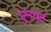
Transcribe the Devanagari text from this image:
भुनाता